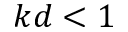
k d < 1